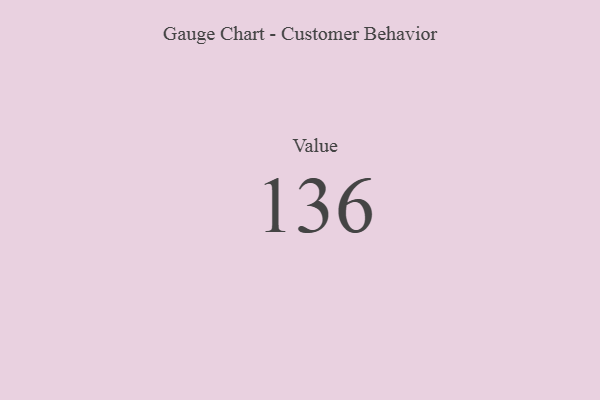
{"axis": {"x": "Metric", "y": "Value"}, "legend": [""], "data": [{"x": "Value", "y": 136, "type": ""}]}